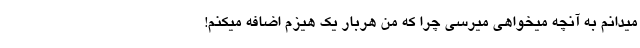
میدانم به آنچه میخواهی میرسی چرا که من هربار یک هیزم اضافه میکنم!